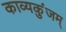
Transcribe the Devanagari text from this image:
काव्यकुंजम्